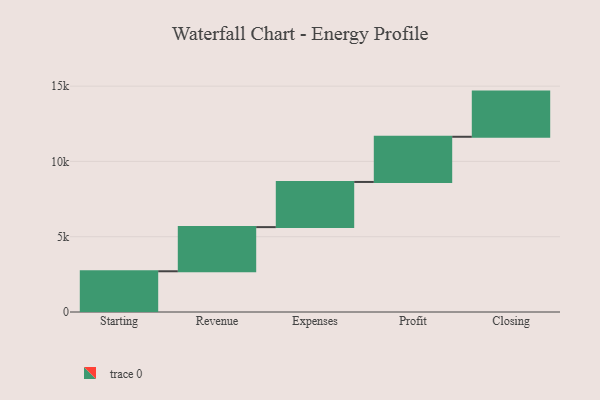
{"axis": {"x": "Step", "y": "Value"}, "legend": [""], "data": [{"x": "Starting", "y": 2705.0, "type": ""}, {"x": "Revenue", "y": 2932.0, "type": ""}, {"x": "Expenses", "y": 3000, "type": ""}, {"x": "Profit", "y": 3000, "type": ""}, {"x": "Closing", "y": 3000, "type": ""}]}